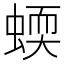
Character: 蝡